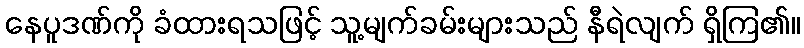
နေပူဒဏ်ကို ခံထားရသဖြင့် သူ့မျက်ခမ်းများသည် နီရဲလျက် ရှိကြ၏။